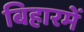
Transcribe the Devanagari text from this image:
बिहारमें